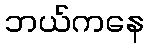
ဘယ်ကနေ